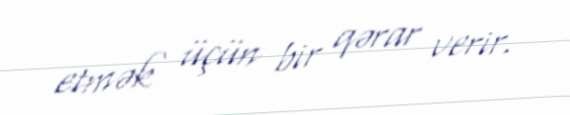
etmək üçün bir qərar verir.